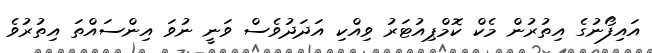
އައިފޯނުގެ އިތުރުން މެކް ކޮމްޕިއުޓަރު ވިއްކި އަދަދުވެސް ވަނީ ނުވަ އިންސައްތަ އިތުރުވެ